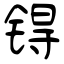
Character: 锝